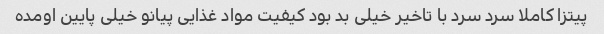
پیتزا کاملا سرد سرد با تاخیر خیلی بد بود کیفیت مواد غذایی پیانو خیلی پایین اومده